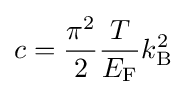
c={\frac {\pi ^{2}}{2}}{\frac {T}{E_{\mathrm {F} }}}k_{\mathrm {B} }^{2}